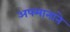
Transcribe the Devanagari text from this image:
अपमानाने